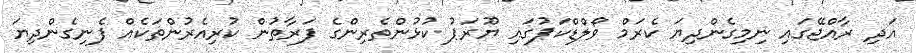
އަދި ރާއްޖޭގައި ނިމިގެންދިޔަ ކެރަމް ވޯލްޑްކަޕުގައި ޔޫރަޕު ކުޅުންތެރިންގެ ފަރާތުން ކުރިއެރުންތަކެއް ފެނިގެންދިޔަ